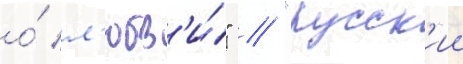
о́ л'юбв'и́" / "русск'ии